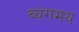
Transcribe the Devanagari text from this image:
व्यंगमय